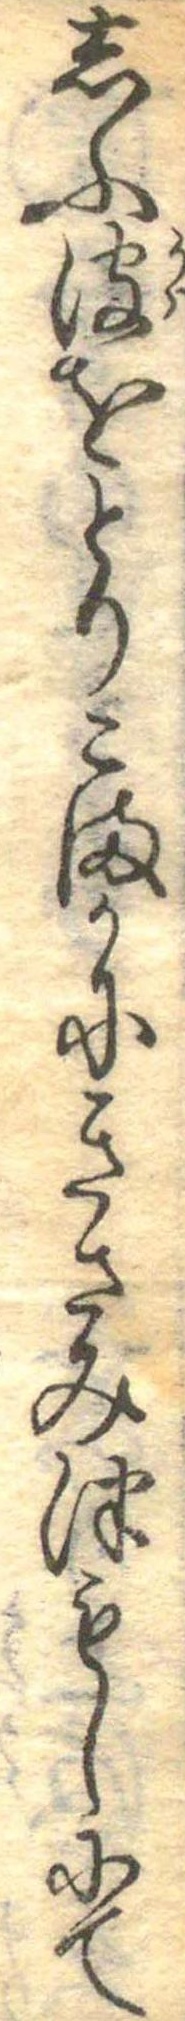
しふ皮をとりこまかにきさみつもしにて